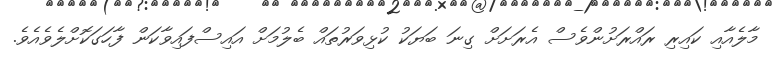
މާލެއާއި ކައިރި ރައްރަށުންވެސް އެރަށަށް ގިނަ ބަޔަކު ކުޅިވަރުތައް ބެލުމަށް އައިސްފައިވާކަން ފާހަގަކޮށްލެވެއެވެ.